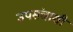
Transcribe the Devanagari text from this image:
उपसंचाशी